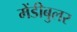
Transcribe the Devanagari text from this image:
मेंडीबुलर